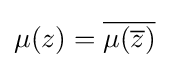
\displaystyle \mu (z)={\overline {\mu ({\overline {z}})}}